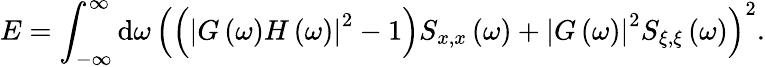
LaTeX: E=\int_{-\infty}^{\infty}\mathrm{d}\omega\, \left(\left(\left|G\left(\omega\right)H\left(\omega\right)\right|^{2}-1\right)S_{x,x}\left(\omega\right)+\left|G\left(\omega\right)\right|^{2}S_{\xi,\xi}\left(\omega\right)\right)^{2}.